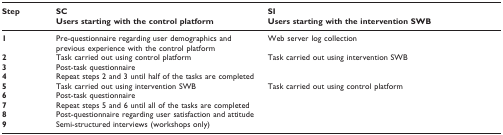
<table><thead><tr><td><b>Step</b></td><td><b>SCUsers starting with the control platform</b></td><td><b>SIUsers starting with the intervention SWB</b></td><td></td></tr></thead><tbody><tr><td><b>1</b></td><td colspan="2">Pre-questionnaire regarding user demographics and previous experience with the control platform</td><td>Web server log collection</td></tr><tr><td><b>2</b></td><td>Task carried out using control platform</td><td>Task carried out using intervention SWB</td><td></td></tr><tr><td><b>3</b></td><td colspan="2">Post-task questionnaire</td><td></td></tr><tr><td><b>4</b></td><td colspan="2">Repeat steps 2 and 3 until half of the tasks are completed</td><td></td></tr><tr><td><b>5</b></td><td>Task carried out using intervention SWB</td><td>Task carried out using control platform</td><td></td></tr><tr><td><b>6</b></td><td colspan="2">Post-task questionnaire</td><td></td></tr><tr><td><b>7</b></td><td colspan="2">Repeat steps 5 and 6 until all of the tasks are completed</td><td></td></tr><tr><td><b>8</b></td><td colspan="2">Post-questionnaire regarding user satisfaction and attitude</td><td></td></tr><tr><td><b>9</b></td><td colspan="2">Semi-structured interviews (workshops only)</td><td></td></tr></tbody></table>